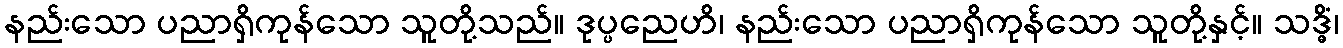
နည်းသော ပညာရှိကုန်သော သူတို့သည်။ ဒုပ္ပညေဟိ၊ နည်းသော ပညာရှိကုန်သော သူတို့နှင့်။ သဒ္ဓိံ၊